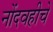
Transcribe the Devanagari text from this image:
नोंदवहीचे